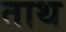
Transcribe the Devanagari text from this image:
ताथ